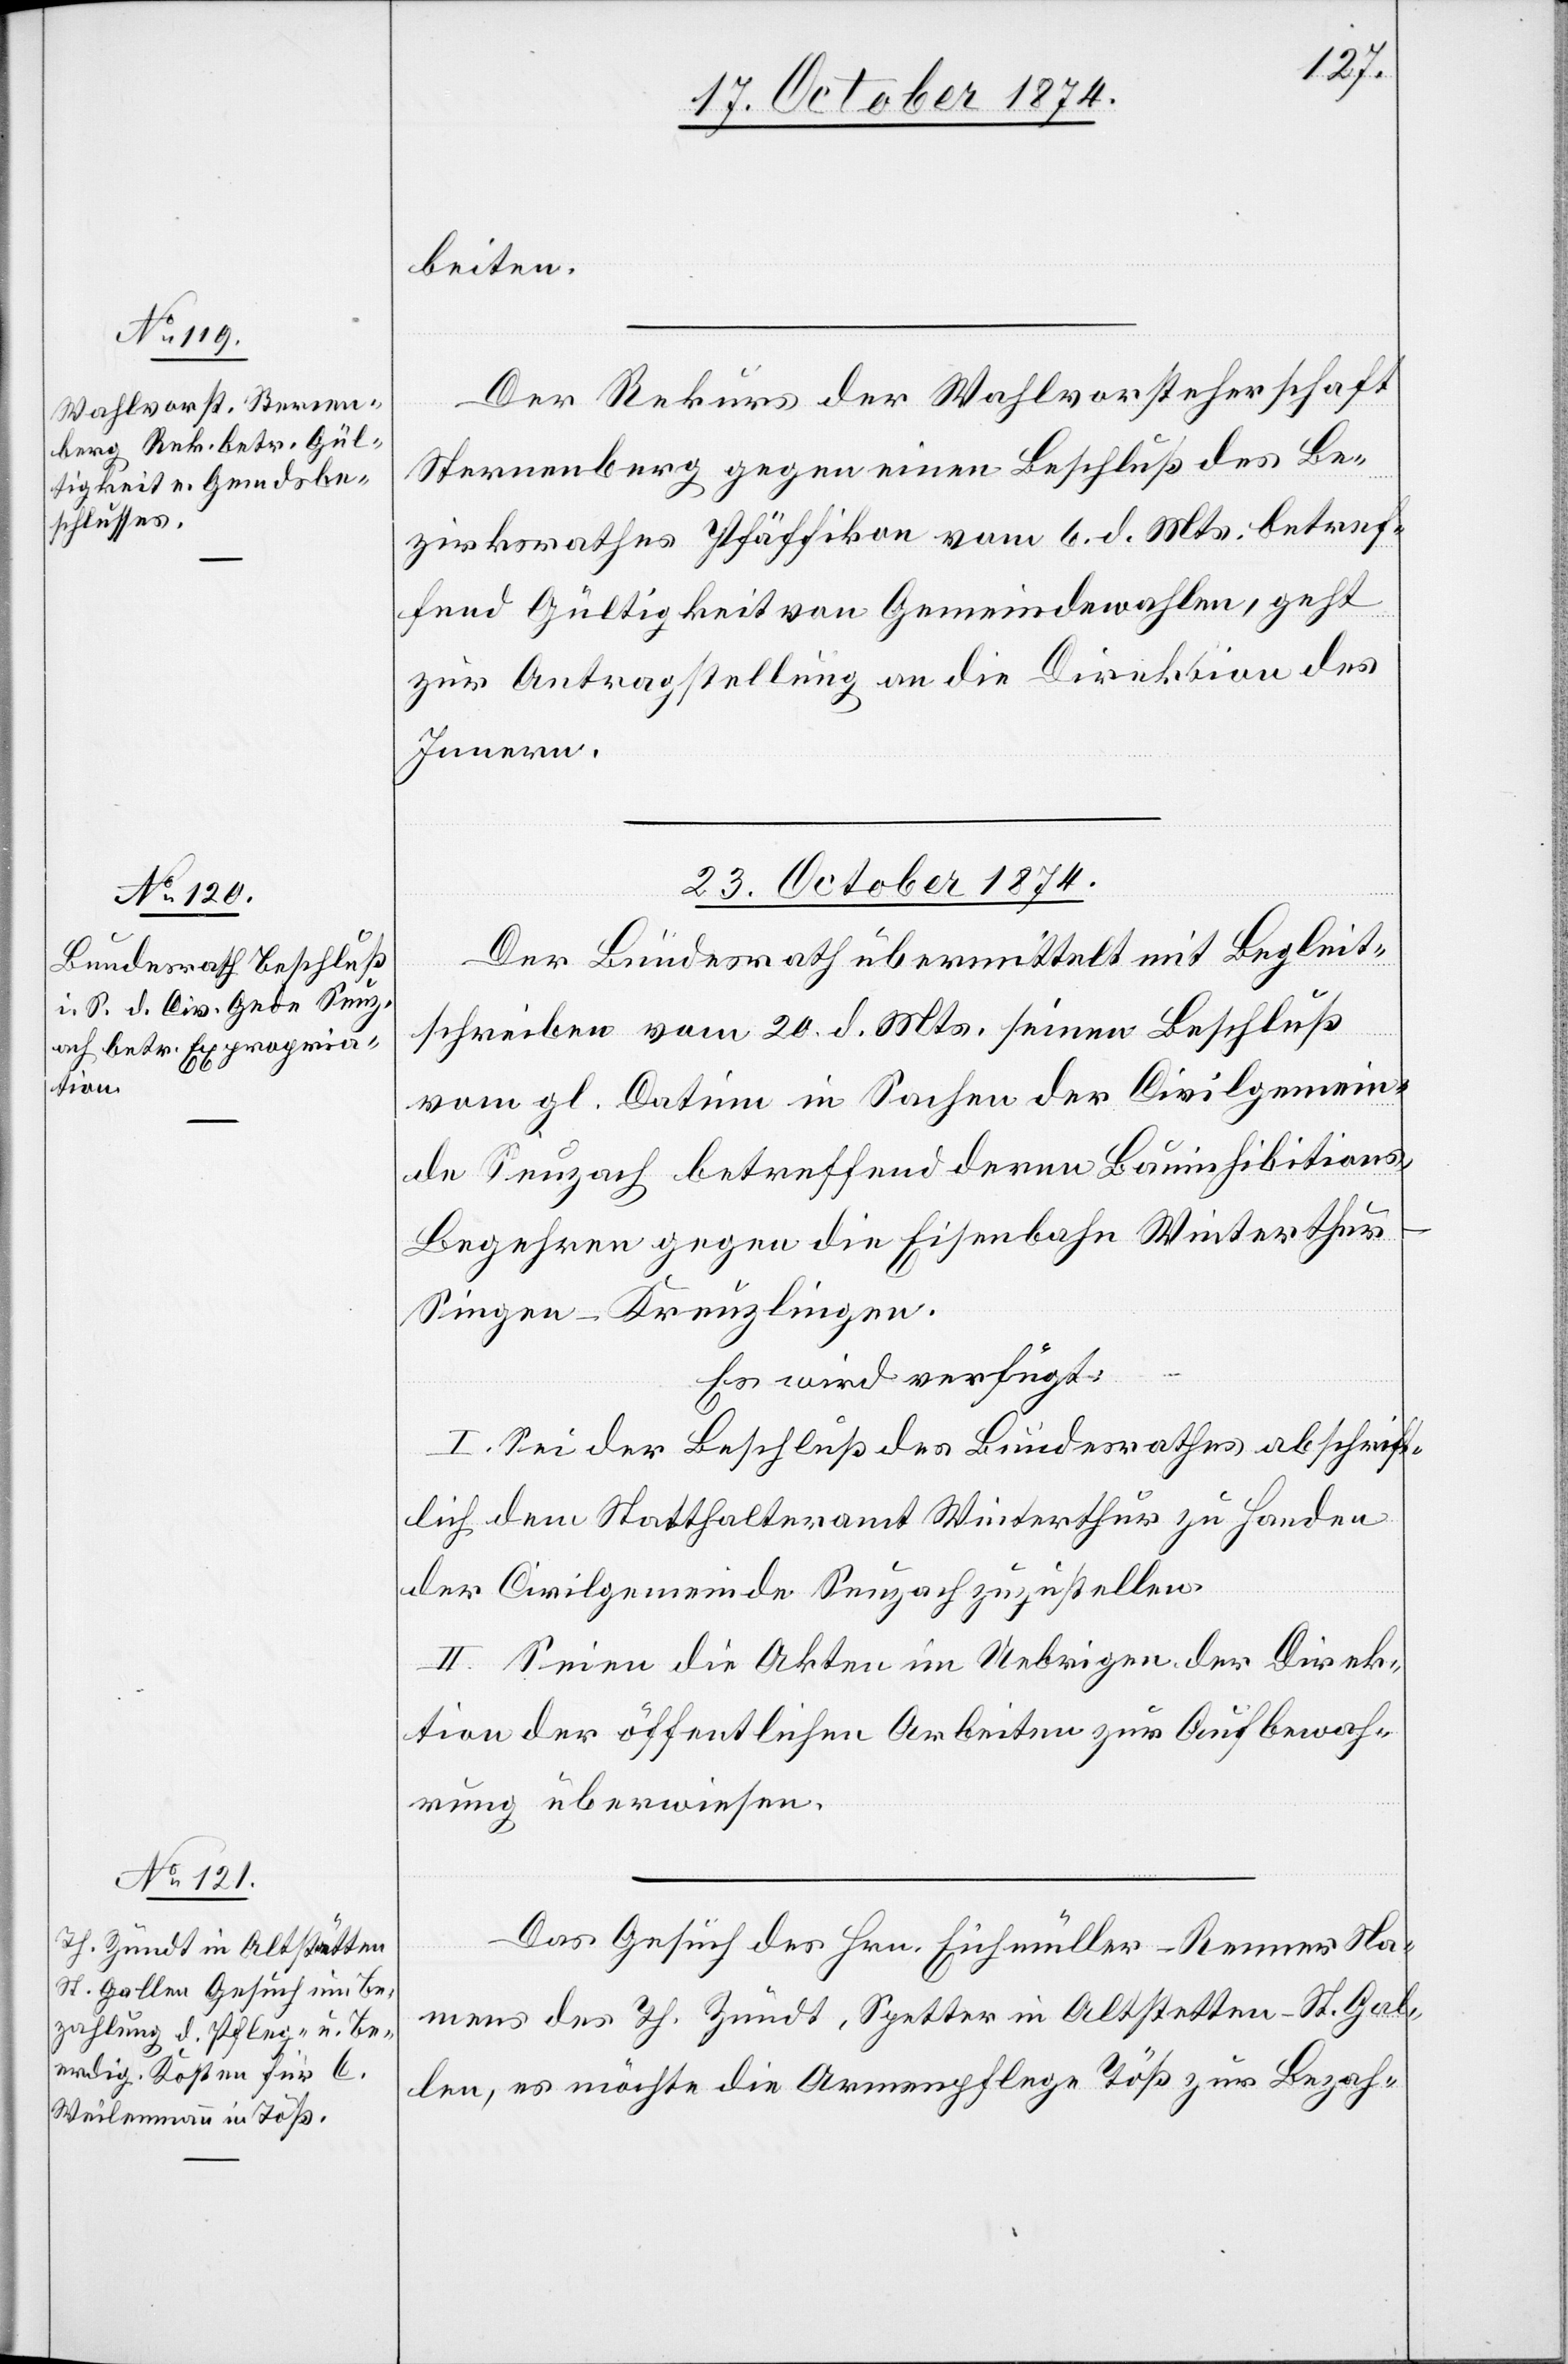
beiten.
Der Rekurs der Wahlvorsteherschaft
Sternenberg gegen einen Beschluß des Be¬
zirksrathes Pfäffikon vom 6. d. Mts. betref¬
fend Gültigkeit von Gemeindewahlen, geht
zur Antragstellung an die Direktion des
Innern.
23. October 1874.]
Der Bundesrath übermittelt mit Begleit¬
schreiben vom 20. d. Mts. seinen Beschluß
vom gl. Datum in Sachen der Civilgemein¬
de Seuzach betreffend deren Bauinhibitions-B¬
egehren gegen die Eisenbahn Winterthu¬
r–Singen–Kreuzlingen.
Es wird verfügt:
I. Sei der Beschluß des Bundesrathes abschrift¬
lich dem Statthalteramt Winterthur zu Handen
der Civilgemeinde Seuzach zuzustellen.
II. Seien die Akten im Uebrigen der Direk¬
tion der öffentlichen Arbeiten zur Aufbewah¬
rung überwiesen.
Das Gesuch des Hrn. Eichmüller-Rennes Na¬
mens des Th. Zündt, Spetter in Altstetten [sic!]
Gallen, es möchte die Armenpflege Töß zur Bezah-